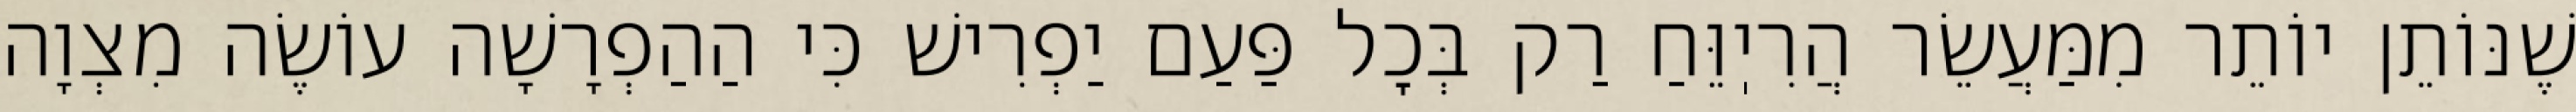
שֶׁנּוֹתֵן יוֹתֵר מִמַּעֲשֵׂר הֲרִיֽוֵּחַ רַק בְּכׇל פַּעַם יַפְרִישׁ כִּי הַהַפְרָשָׁה עוֹשֶׂה מִצְוָה